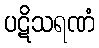
ပဋိသရဏံ